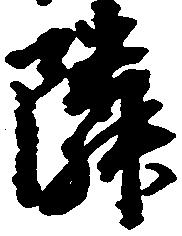
隣